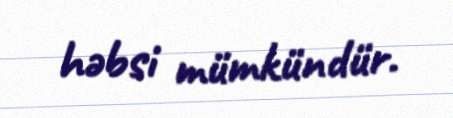
həbsi mümkündür.